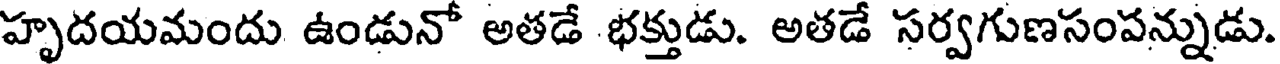
హృదయమందు ఉండునో అతడే భక్తుడు. అతడే సర్వగుణసంపన్నుడు.